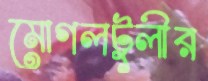
মোগলটুলীর